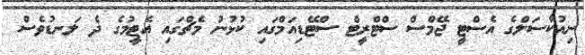
ނިއުކާސަލްގެ އެސްޓީ ޖޭމްސް ސްޓްރީޓް ސްޓޭޑިއަމްގައި ކުޅުނު މެޗްގައި އެޓީމުގެ ދެ ލަނޑުވެސް